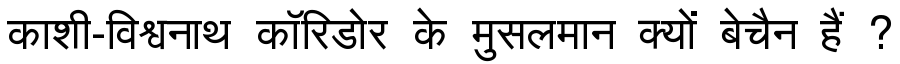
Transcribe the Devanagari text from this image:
काशी-विश्वनाथ कॉरिडोर के मुसलमान क्यों बेचैन हैं ?